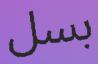
بسل